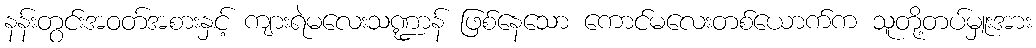
နန်းတွင်းအဝတ်အစားနှင့် ကျားရဲမလေးသဏ္ဍာန် ဖြစ်နေသော ကောင်မလေးတစ်ယောက်က သူတို့တပ်မှူးအား